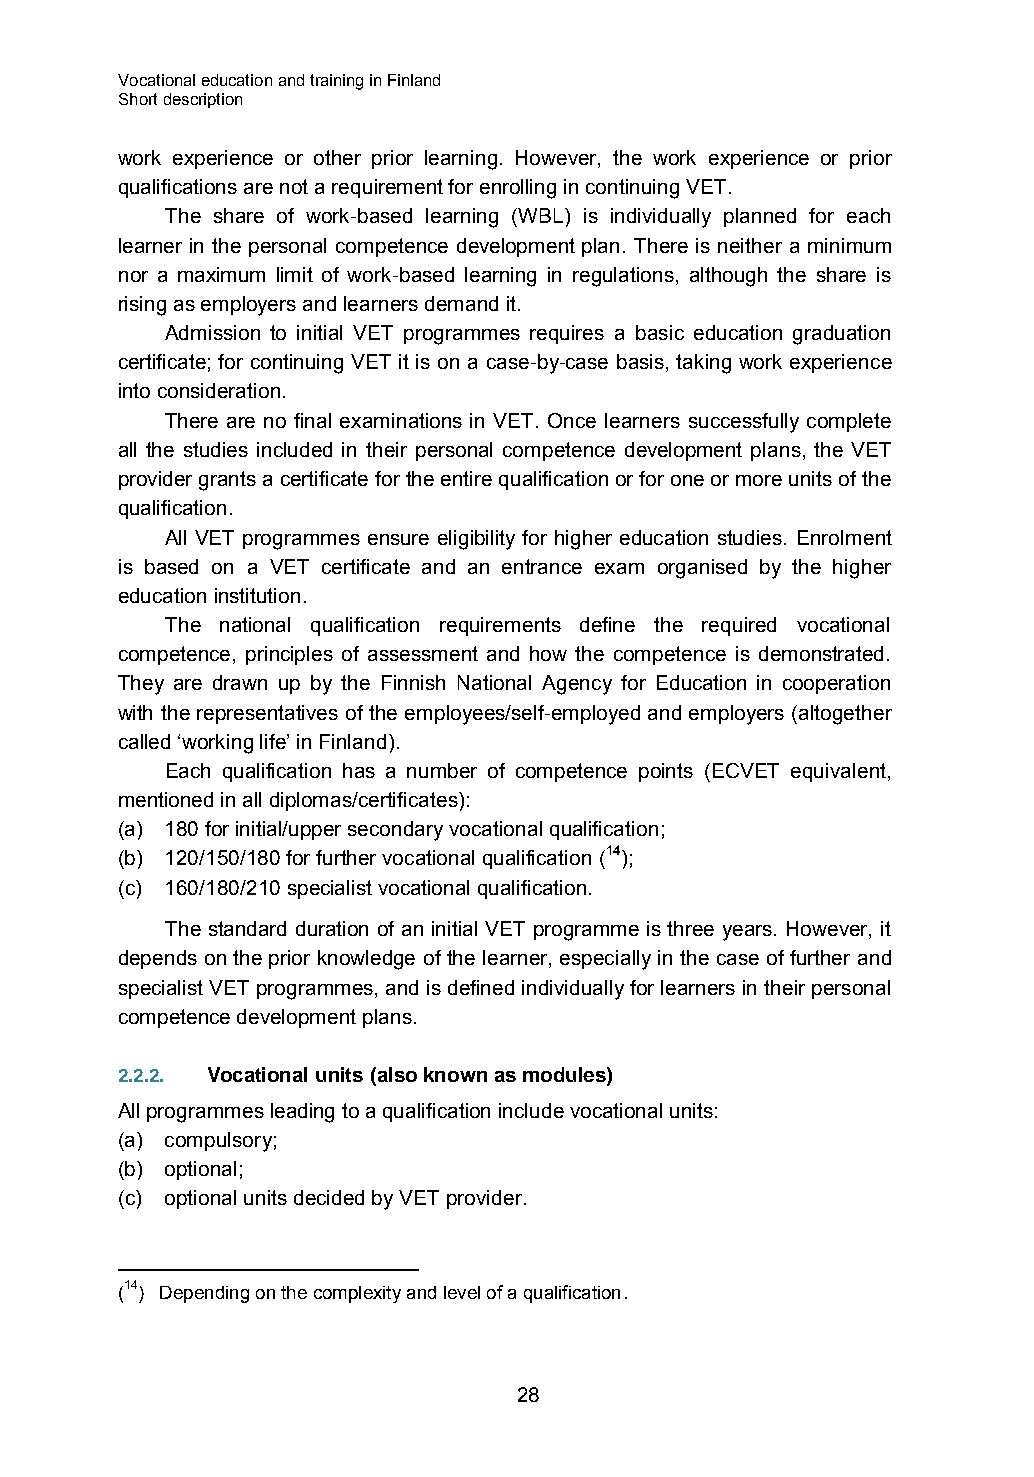
Vocational education and training in Finland
 Short description
 work experience or other prior learning. However, the work experience or prior
 qualifications are not a requirement for enrolling in continuing VET.
 The share of work-based learning (WBL) is individually planned for each
 learner in the personal competence development plan. There is neither a minimum
 nor a maximum limit of work-based learning in regulations, although the share is
 rising as employers and learners demand it.
 Admission to initial VET programmes requires a basic education graduation
 certificate; for continuing VET it is on a case-by-case basis, taking work experience
 into consideration.
 There are no final examinations in VET. Once learners successfully complete
 all the studies included in their personal competence development plans, the VET
 provider grants a certificate for the entire qualification or for one or more units of the
 qualification.
 All VET programmes ensure eligibility for higher education studies. Enrolment
 is based on a VET certificate and an entrance exam organised by the higher
 education institution.
 The national qualification requirements define the required vocational
 competence, principles of assessment and how the competence is demonstrated.
 They are drawn up by the Finnish National Agency for Education in cooperation
 with the representatives of the employees/self-employed and employers (altogether
 called ‘working life’ in Finland).
 Each qualification has a number of competence points (ECVET equivalent,
 mentioned in all diplomas/certificates):
 (a) 180 for initial/upper secondary vocational qualification;
 (b) 120/150/180 for further vocational qualification (14);
 (c) 160/180/210 specialist vocational qualification.
 The standard duration of an initial VET programme is three years. However, it
 depends on the prior knowledge of the learner, especially in the case of further and
 specialist VET programmes, and is defined individually for learners in their personal
 competence development plans.
 2.2.2. Vocational units (also known as modules)
 All programmes leading to a qualification include vocational units:
 (a) compulsory;
 (b) optional;
 (c) optional units decided by VET provider.
 (14) Depending on the complexity and level of a qualification.
 28